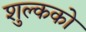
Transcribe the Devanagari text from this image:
शुल्कको